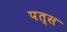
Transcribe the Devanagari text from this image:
पत्स